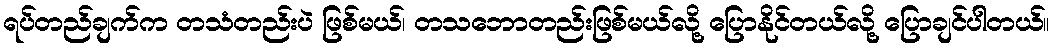
ရပ်တည်ချက်က တသံတည်းပဲ ဖြစ်မယ်၊ တသဘောတည်းဖြစ်မယ်လို့ ပြောနိုင်တယ်လို့ ပြောချင်ပါတယ်။